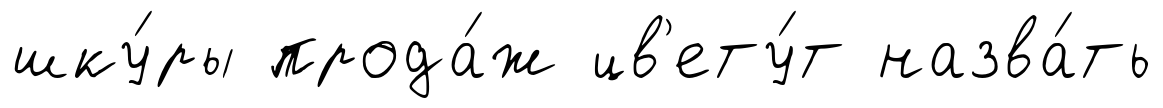
шку́ры прода́ж цв'ету́т назва́ть